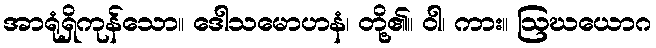
အာရုံရှိကုန်သော။ ဒေါသမောဟနံ၊ တို့၏။ ဝါ၊ ကား။ ဩဃယောဂ